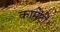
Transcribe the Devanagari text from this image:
कामेंट्री